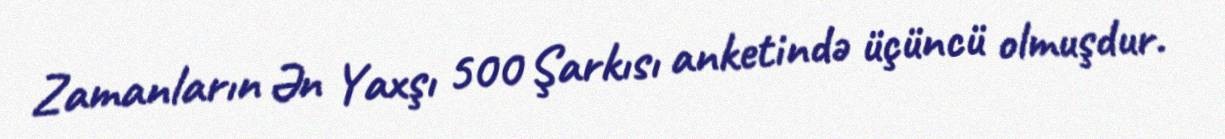
Zamanların Ən Yaxşı 500 Şarkısı anketində üçüncü olmuşdur.